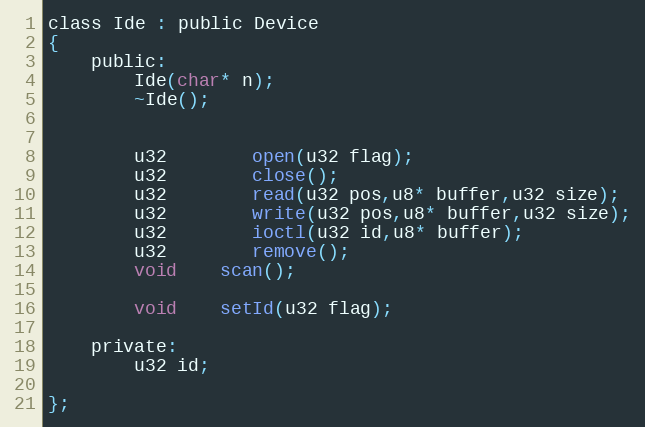
Language: C
class Ide : public Device
{
	public:
		Ide(char* n);
		~Ide();

		u32		open(u32 flag);
		u32		close();
		u32		read(u32 pos,u8* buffer,u32 size);
		u32		write(u32 pos,u8* buffer,u32 size);
		u32		ioctl(u32 id,u8* buffer);
		u32		remove();
		void	scan();

		void	setId(u32 flag);

	private:
		u32 id;

};